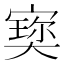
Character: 𡪪